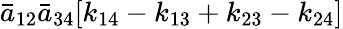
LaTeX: {\bar{a}}_{12}{\bar{a}}_{34}[k_{14}-k_{13}+k_{23}-k_{24}]